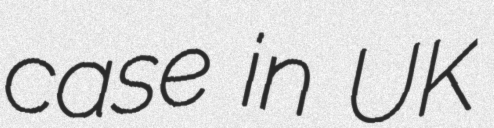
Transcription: case in UK